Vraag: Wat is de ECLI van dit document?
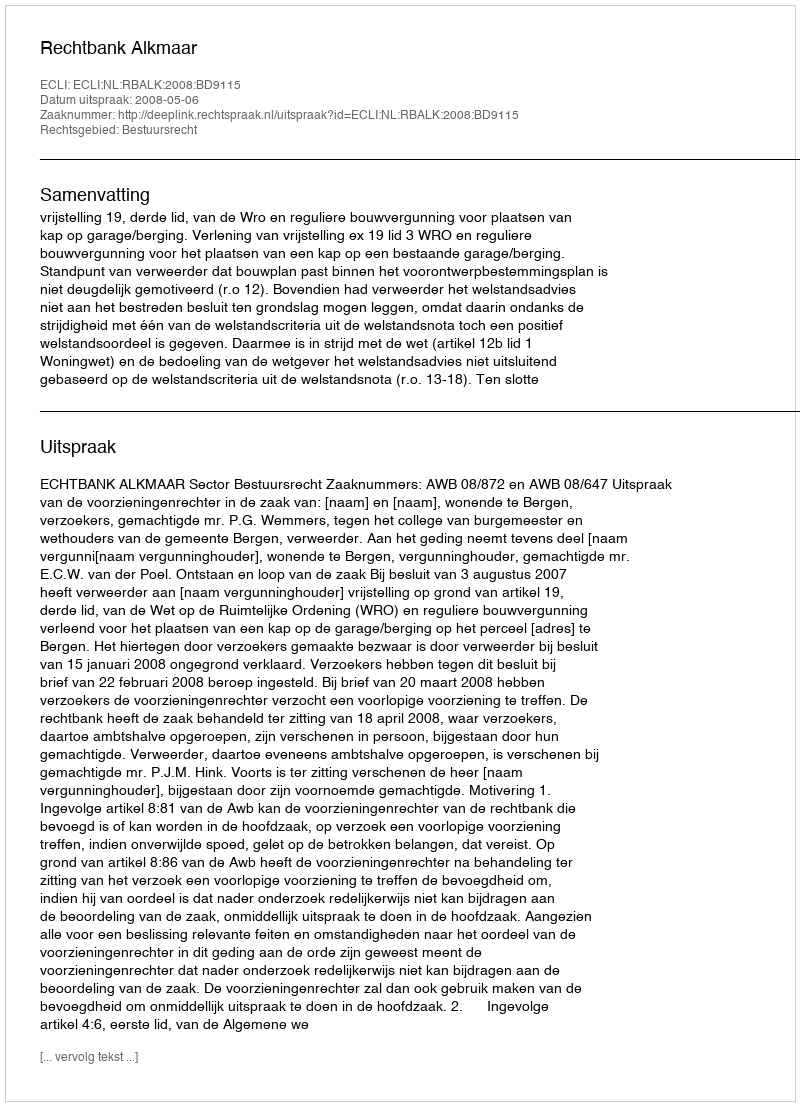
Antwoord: ECLI:NL:RBALK:2008:BD9115